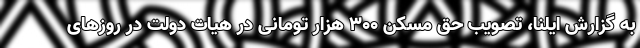
به گزارش ایلنا، تصویب حق مسکن ۳۰۰ هزار تومانی در هیات دولت در روزهای